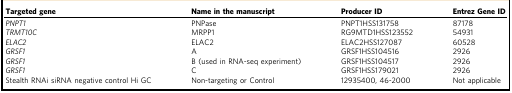
<table><thead><tr><td><b>Targeted gene</b></td><td><b>Name in the manuscript</b></td><td><b>Producer ID</b></td><td><b>Entrez Gene ID</b></td></tr></thead><tbody><tr><td><i>PNPT1</i></td><td>PNPase</td><td>PNPT1HSS131758</td><td>87178</td></tr><tr><td><i>TRMT10C</i></td><td>MRPP1</td><td>RG9MTD1HSS123552</td><td>54931</td></tr><tr><td><i>ELAC2</i></td><td>ELAC2</td><td>ELAC2HSS127087</td><td>60528</td></tr><tr><td><i>GRSF1</i></td><td>A</td><td>GRSF1HSS104516</td><td>2926</td></tr><tr><td><i>GRSF1</i></td><td>B (used in RNA-seq experiment)</td><td>GRSF1HSS104517</td><td>2926</td></tr><tr><td><i>GRSF1</i></td><td>C</td><td>GRSF1HSS179021</td><td>2926</td></tr><tr><td>Stealth RNAi siRNA negative control Hi GC</td><td>Non-targeting or Control</td><td>12935400, 46-2000</td><td>Not applicable</td></tr></tbody></table>